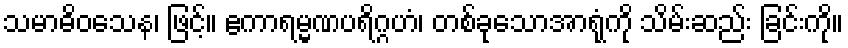
သမာဓိဝသေန၊ ဖြင့်။ ဧကာရမ္မဏပရိဂ္ဂဟံ၊ တစ်ခုသောအာရုံကို သိမ်းဆည်း ခြင်းကို။